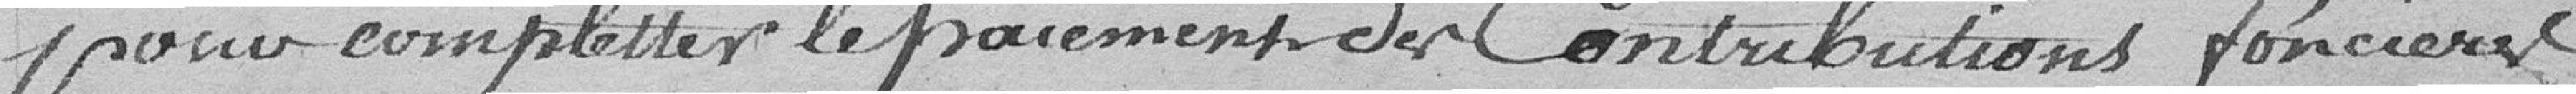
pour compléter le paiement des contributions foncières.